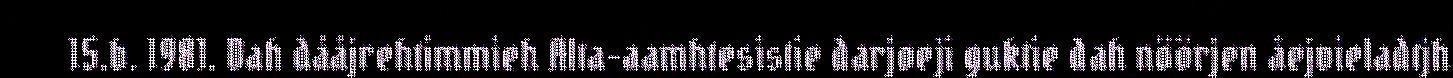
15.b. 1981. Dah dååjrehtimmieh Alta-aamhtesistie darjoeji guktie dah nöörjen åejvieladtjh